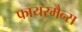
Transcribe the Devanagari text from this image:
फायरमैन्स